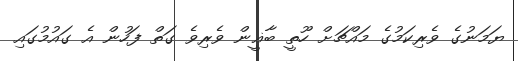
ޔަމަނުގެ ވެރިކަމުގެ މައްޗަށް ހޫތީ ބާޣީން ވެރިވެ ގަތް ފަހުން އެ ގައުމުގައި